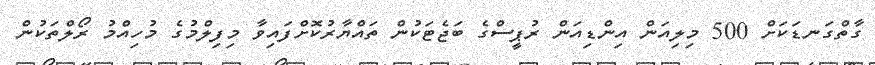
ގާތްގަނޑަކަށް 500 މިލިއަން އިންޑިއަން ރުޕީސްގެ ބަޖެޓަކުން ތައްޔާރުކޮށްފައިވާ މިފިލްމުގެ މުހިއްމު ރޯލްތަކުން